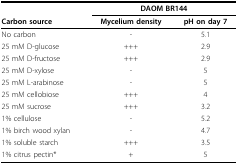
<table><thead><tr><td></td><td colspan="2"><b>DAOM BR144</b></td></tr><tr><td><b>Carbon source</b></td><td><b>Mycelium density</b></td><td><b>pH on day 7</b></td></tr></thead><tbody><tr><td>No carbon</td><td>-</td><td>5.1</td></tr><tr><td>25 mM D-glucose</td><td>+++</td><td>2.9</td></tr><tr><td>25 mM D-fructose</td><td>+++</td><td>2.9</td></tr><tr><td>25 mM D-xylose</td><td>-</td><td>5</td></tr><tr><td>25 mM L-arabinose</td><td>-</td><td>5</td></tr><tr><td>25 mM cellobiose</td><td>+++</td><td>4</td></tr><tr><td>25 mM sucrose</td><td>+++</td><td>3.2</td></tr><tr><td>1% cellulose</td><td>-</td><td>5.2</td></tr><tr><td>1% birch wood xylan</td><td>-</td><td>4.7</td></tr><tr><td>1% soluble starch</td><td>+++</td><td>3.5</td></tr><tr><td>1% citrus pectin*</td><td>+</td><td>5</td></tr></tbody></table>